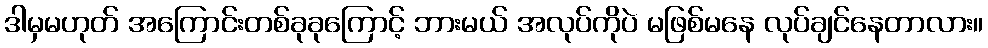
ဒါမှမဟုတ် အကြောင်းတစ်ခုခုကြောင့် ဘားမယ် အလုပ်ကိုပဲ မဖြစ်မနေ လုပ်ချင်နေတာလား။